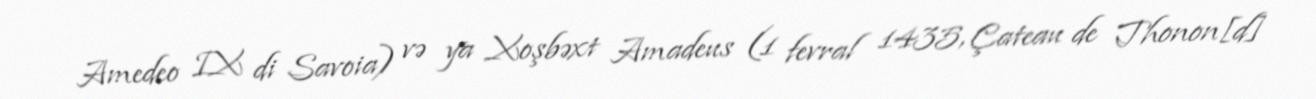
Amedeo IX di Savoia) və ya Xoşbəxt Amadeus (1 fevral 1435, Çateau de Thonon[d]